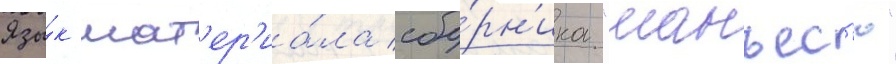
Язы́к мат'ер'иа́ла сбо́рн'ика "манъес'ю"